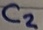
Text: C2